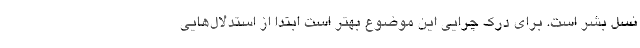
نسل بشر است. برای درک چرایی این موضوع بهتر است ابتدا از استدلال‌هایی